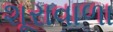
શૂરાવાળા